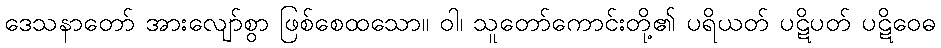
ဒေသနာတော် အားလျော်စွာ ဖြစ်စေထသော။ ဝါ၊ သူတော်ကောင်းတို့၏ ပရိယတ် ပဋိပတ် ပဋိဝေဓ